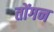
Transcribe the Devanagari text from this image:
तोंगन